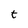
Character: t